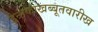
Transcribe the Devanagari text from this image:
इन्तकाखब्बूतवारीख